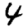
Digit: 4